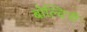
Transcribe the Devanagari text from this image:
बोल्दिनी